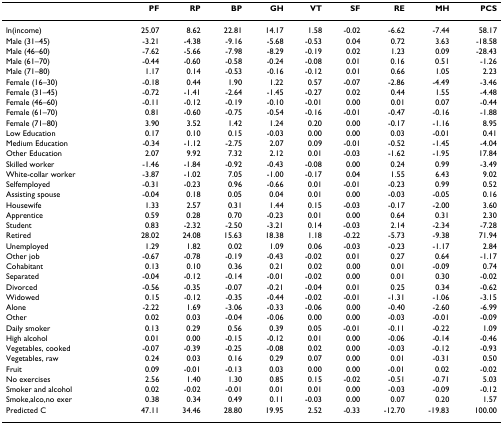
<table><thead><tr><td></td><td><b>PF</b></td><td><b>RP</b></td><td><b>BP</b></td><td><b>GH</b></td><td><b>VT</b></td><td><b>SF</b></td><td><b>RE</b></td><td><b>MH</b></td><td><b>PCS</b></td></tr></thead><tbody><tr><td>ln(income)</td><td>25.07</td><td>8.62</td><td>22.81</td><td>14.17</td><td>1.58</td><td>-0.02</td><td>-6.62</td><td>-7.44</td><td>58.17</td></tr><tr><td>Male (31–45)</td><td>-3.21</td><td>-4.38</td><td>-9.16</td><td>-5.68</td><td>-0.53</td><td>0.04</td><td>0.72</td><td>3.63</td><td>-18.58</td></tr><tr><td>Male (46–60)</td><td>-7.62</td><td>-5.66</td><td>-7.98</td><td>-8.29</td><td>-0.19</td><td>0.02</td><td>1.23</td><td>0.09</td><td>-28.43</td></tr><tr><td>Male (61–70)</td><td>-0.44</td><td>-0.60</td><td>-0.58</td><td>-0.24</td><td>-0.08</td><td>0.01</td><td>0.16</td><td>0.51</td><td>-1.26</td></tr><tr><td>Male (71–80)</td><td>1.17</td><td>0.14</td><td>-0.53</td><td>-0.16</td><td>-0.12</td><td>0.01</td><td>0.66</td><td>1.05</td><td>2.23</td></tr><tr><td>Female (16–30)</td><td>-0.18</td><td>0.44</td><td>1.90</td><td>1.22</td><td>0.57</td><td>-0.07</td><td>-2.86</td><td>-4.49</td><td>-3.46</td></tr><tr><td>Female (31–45)</td><td>-0.72</td><td>-1.41</td><td>-2.64</td><td>-1.45</td><td>-0.27</td><td>0.02</td><td>0.44</td><td>1.55</td><td>-4.48</td></tr><tr><td>Female (46–60)</td><td>-0.11</td><td>-0.12</td><td>-0.19</td><td>-0.10</td><td>-0.01</td><td>0.00</td><td>0.01</td><td>0.07</td><td>-0.44</td></tr><tr><td>Female (61–70)</td><td>0.81</td><td>-0.60</td><td>-0.75</td><td>-0.54</td><td>-0.16</td><td>-0.01</td><td>-0.47</td><td>-0.16</td><td>-1.88</td></tr><tr><td>Female (71–80)</td><td>3.90</td><td>3.52</td><td>1.42</td><td>1.24</td><td>0.20</td><td>0.00</td><td>-0.17</td><td>-1.16</td><td>8.95</td></tr><tr><td>Low Education</td><td>0.17</td><td>0.10</td><td>0.15</td><td>-0.03</td><td>0.00</td><td>0.00</td><td>0.03</td><td>-0.01</td><td>0.41</td></tr><tr><td>Medium Education</td><td>-0.34</td><td>-1.12</td><td>-2.75</td><td>2.07</td><td>0.09</td><td>-0.01</td><td>-0.52</td><td>-1.45</td><td>-4.04</td></tr><tr><td>Other Education</td><td>2.07</td><td>9.92</td><td>7.32</td><td>2.12</td><td>0.01</td><td>-0.03</td><td>-1.62</td><td>-1.95</td><td>17.84</td></tr><tr><td>Skilled worker</td><td>-1.46</td><td>-1.84</td><td>-0.92</td><td>-0.43</td><td>-0.08</td><td>0.00</td><td>0.24</td><td>0.99</td><td>-3.49</td></tr><tr><td>White-collar worker</td><td>-3.87</td><td>-1.02</td><td>7.05</td><td>-1.00</td><td>-0.17</td><td>0.04</td><td>1.55</td><td>6.43</td><td>9.02</td></tr><tr><td>Selfemployed</td><td>-0.31</td><td>-0.23</td><td>0.96</td><td>-0.66</td><td>0.01</td><td>-0.01</td><td>-0.23</td><td>0.99</td><td>0.52</td></tr><tr><td>Assisting spouse</td><td>-0.04</td><td>0.18</td><td>0.05</td><td>0.04</td><td>0.01</td><td>0.00</td><td>-0.03</td><td>-0.05</td><td>0.16</td></tr><tr><td>Housewife</td><td>1.33</td><td>2.57</td><td>0.31</td><td>1.44</td><td>0.15</td><td>-0.03</td><td>-0.17</td><td>-2.00</td><td>3.60</td></tr><tr><td>Apprentice</td><td>0.59</td><td>0.28</td><td>0.70</td><td>-0.23</td><td>0.01</td><td>0.00</td><td>0.64</td><td>0.31</td><td>2.30</td></tr><tr><td>Student</td><td>0.83</td><td>-2.32</td><td>-2.50</td><td>-3.21</td><td>0.14</td><td>-0.03</td><td>2.14</td><td>-2.34</td><td>-7.28</td></tr><tr><td>Retired</td><td>28.02</td><td>24.08</td><td>15.63</td><td>18.38</td><td>1.18</td><td>-0.22</td><td>-5.73</td><td>-9.38</td><td>71.94</td></tr><tr><td>Unemployed</td><td>1.29</td><td>1.82</td><td>0.02</td><td>1.09</td><td>0.06</td><td>-0.03</td><td>-0.23</td><td>-1.17</td><td>2.84</td></tr><tr><td>Other job</td><td>-0.67</td><td>-0.78</td><td>-0.19</td><td>-0.43</td><td>-0.02</td><td>0.01</td><td>0.27</td><td>0.64</td><td>-1.17</td></tr><tr><td>Cohabitant</td><td>0.13</td><td>0.10</td><td>0.36</td><td>0.21</td><td>0.02</td><td>0.00</td><td>0.01</td><td>-0.09</td><td>0.74</td></tr><tr><td>Separated</td><td>-0.04</td><td>-0.12</td><td>-0.14</td><td>-0.01</td><td>-0.02</td><td>0.00</td><td>0.01</td><td>0.30</td><td>-0.02</td></tr><tr><td>Divorced</td><td>-0.56</td><td>-0.35</td><td>-0.07</td><td>-0.21</td><td>-0.04</td><td>0.01</td><td>0.25</td><td>0.34</td><td>-0.62</td></tr><tr><td>Widowed</td><td>0.15</td><td>-0.12</td><td>-0.35</td><td>-0.44</td><td>-0.02</td><td>-0.01</td><td>-1.31</td><td>-1.06</td><td>-3.15</td></tr><tr><td>Alone</td><td>-2.22</td><td>1.69</td><td>-3.06</td><td>-0.33</td><td>-0.06</td><td>0.00</td><td>-0.40</td><td>-2.60</td><td>-6.99</td></tr><tr><td>Other</td><td>0.02</td><td>0.03</td><td>-0.04</td><td>-0.06</td><td>0.00</td><td>0.00</td><td>-0.03</td><td>-0.01</td><td>-0.09</td></tr><tr><td>Daily smoker</td><td>0.13</td><td>0.29</td><td>0.56</td><td>0.39</td><td>0.05</td><td>-0.01</td><td>-0.11</td><td>-0.22</td><td>1.09</td></tr><tr><td>High alcohol</td><td>0.01</td><td>0.00</td><td>-0.15</td><td>-0.12</td><td>0.01</td><td>0.00</td><td>-0.06</td><td>-0.14</td><td>-0.46</td></tr><tr><td>Vegetables, cooked</td><td>-0.07</td><td>-0.39</td><td>-0.25</td><td>-0.08</td><td>0.02</td><td>0.00</td><td>-0.03</td><td>-0.12</td><td>-0.93</td></tr><tr><td>Vegetables, raw</td><td>0.24</td><td>0.03</td><td>0.16</td><td>0.29</td><td>0.07</td><td>0.00</td><td>0.01</td><td>-0.31</td><td>0.50</td></tr><tr><td>Fruit</td><td>0.09</td><td>-0.01</td><td>-0.13</td><td>0.03</td><td>0.00</td><td>0.00</td><td>-0.01</td><td>0.02</td><td>-0.02</td></tr><tr><td>No exercises</td><td>2.56</td><td>1.40</td><td>1.30</td><td>0.85</td><td>0.15</td><td>-0.02</td><td>-0.51</td><td>-0.71</td><td>5.03</td></tr><tr><td>Smoker and alcohol</td><td>0.02</td><td>-0.02</td><td>-0.01</td><td>0.01</td><td>0.01</td><td>0.00</td><td>-0.03</td><td>-0.09</td><td>-0.12</td></tr><tr><td>Smoke,alco,no exer</td><td>0.38</td><td>0.34</td><td>0.49</td><td>0.11</td><td>-0.03</td><td>0.00</td><td>0.07</td><td>0.20</td><td>1.57</td></tr><tr><td>Predicted C</td><td>47.11</td><td>34.46</td><td>28.80</td><td>19.95</td><td>2.52</td><td>-0.33</td><td>-12.70</td><td>-19.83</td><td>100.00</td></tr></tbody></table>